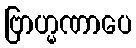
ဗြာဟ္မဏာပေ